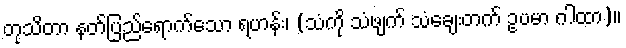
တုသိတာ နတ်ပြည်ရောက်သော ရဟန်း၊ (သံကို သံဖျက် သံချေးတက် ဥပမာ ဂါထာ)။